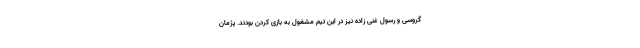
گروسی و رسول غنی زاده نیز در این تیم مشغول به بازی کردن بودند. پژمان